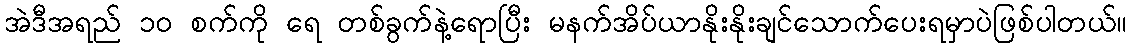
အဲဒီအရည် ၁၀ စက်ကို ရေ တစ်ခွက်နဲ့ရောပြီး မနက်အိပ်ယာနိုးနိုးချင်သောက်ပေးရမှာပဲဖြစ်ပါတယ်။